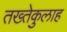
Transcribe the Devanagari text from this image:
तख्तेकुलाह